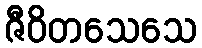
ဇီဝိတသေသေ